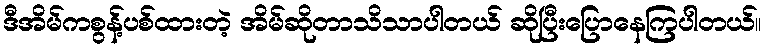
ဒီအိမ်ကစွန့်ပစ်ထားတဲ့ အိမ်ဆိုတာသိသာပါတယ် ဆိုပြီးပြောနေကြပါတယ်။